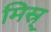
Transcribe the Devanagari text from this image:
मिस्र्